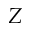
Z